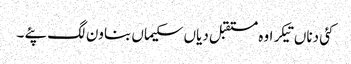
کئی دناں تیکر اوہ مستقبل دیاں سکیماں بناون لگ پئے ۔